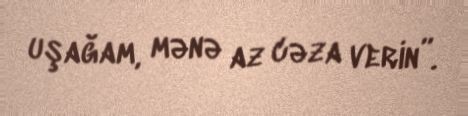
uşağam, mənə az cəza verin”.